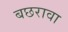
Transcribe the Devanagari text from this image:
बछरावा